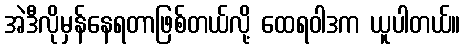
အဲဒီလိုမှန်နေရတာဖြစ်တယ်လို့ ထေရဝါဒက ယူပါတယ်။